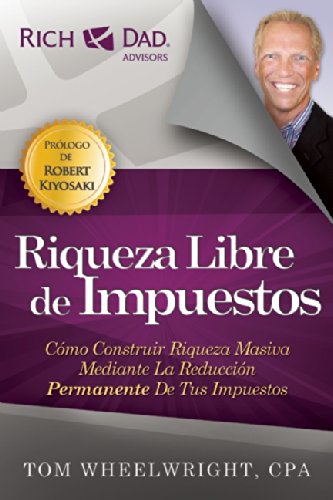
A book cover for Riqueza Libre de Impuestos (Spanish Edition); Tom Wheelwright; Business & Money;